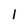
Character: I